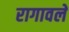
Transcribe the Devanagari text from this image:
रागावले